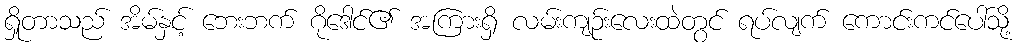
ရှိုတာသည် အိမ်နှင့် ဘေးဘက် ဂိုဒေါင်၏ အကြားရှိ လမ်းကျဉ်းလေးထဲတွင် ရပ်လျက် ကောင်းကင်ပေါ်သို့